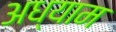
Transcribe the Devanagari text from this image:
अध्याम